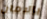
بالامان